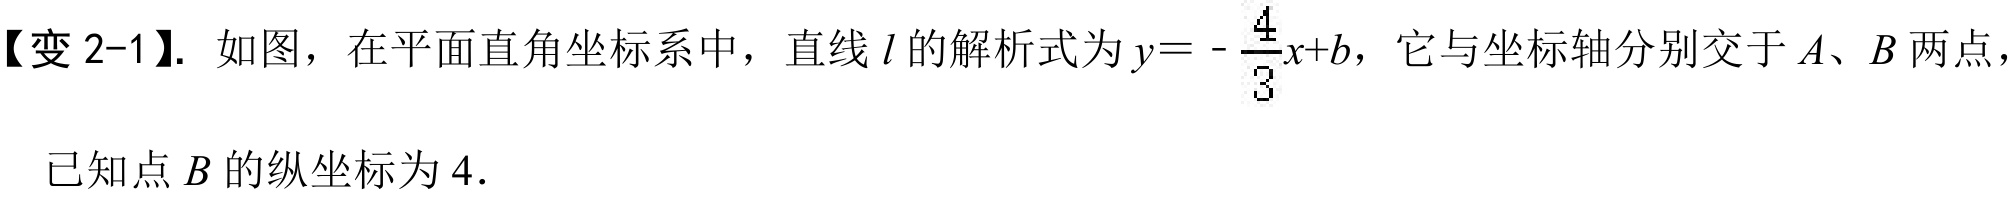
【变 2-1】. 如图，在平面直角坐标系中，直线\(l\)的解析式为\(y =-\frac{4}{3}x + b\)，它与坐标轴分别交于\(A、B\)两点，已知点\(B\)的纵坐标为\(4\).